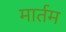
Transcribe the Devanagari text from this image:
मार्तम